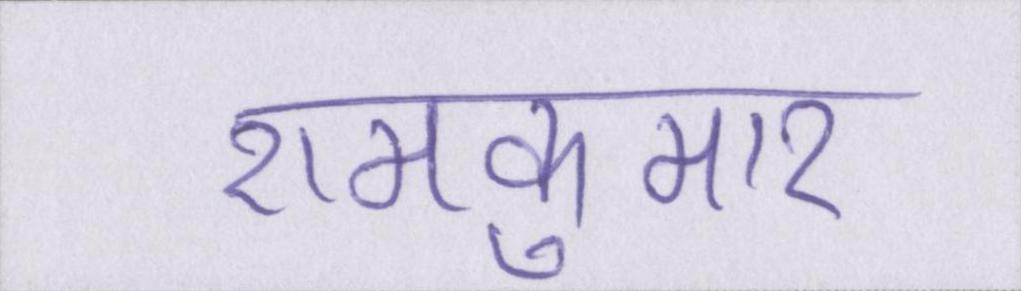
रामकुमार